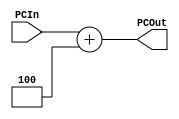
`timescale 1ns / 1ps
//////////////////////////////////////////////////////////////////////////////////
// Company: 
// Engineer: 
// 
// Design Name: 
// Module Name: PCAddFour
// Project Name: 
// Target Devices: 
// Tool Versions: 
// Description: 
// 
// Dependencies: 
// 
// Revision:
// Revision 0.01 - File Created
// Additional Comments:
// 
//////////////////////////////////////////////////////////////////////////////////

//PC4
module PCAddFour(PCIn,PCOut);
    input [31:0] PCIn;
    output [31:0] PCOut;
    assign PCOut[31:0] = PCIn[31:0] + 4; 
endmodule